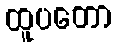
ထူပတော